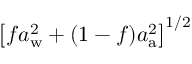
\left[ f a _ { \mathrm { w } } ^ { 2 } + ( 1 - f ) a _ { \mathrm { a } } ^ { 2 } \right] ^ { 1 / 2 }